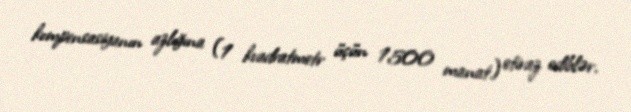
kompensasiyanın azlığına (1 kvadratmetr üçün 1500 manat) etiraz ediblər.